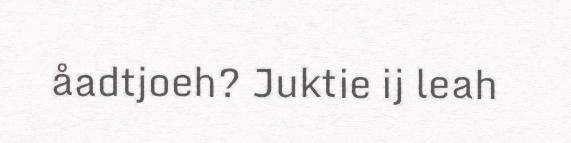
åadtjoeh? Juktie ij leah